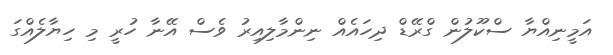
އަމީނިއްޔާ ސްކޫލުން ގްރޭޑް ދިހައެއް ނިންމާލިއިރު ވެސް އޭނާ ހުރީ މި ހިޔާލެއްގަ